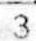
3